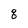
Character: q